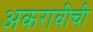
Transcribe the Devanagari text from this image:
अकरावीची